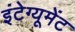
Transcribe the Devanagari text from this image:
इंटेग्यूमेंट